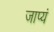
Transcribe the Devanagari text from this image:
जाप्यं